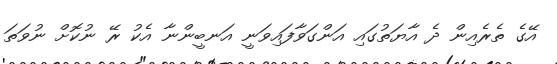
އޭގެ ތެރެއިން ދެ އާޔަތުގައި އަންގަވާފައިވަނީ އަނބީންނާ އެކު ރޭ ނުކޮށް ނުވަތަ